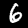
Digit: 6